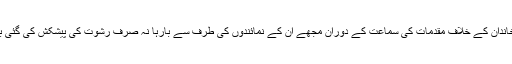
اسی طرح وضاحتی بیان میں وہ آگے لکھتے ہیں کہ ”نواز شریف اور ان کے خاندان کے خلاف مقدمات کی سماعت کے دوران مجھے ان کے نمائندوں کی طرف سے بارہا نہ صرف رشوت کی پیشکش کی گئی بلکہ تعاون نہ کرنے کی صورت میں سنگین نتائج کی دھمکیاں بھی دی گئیں“۔